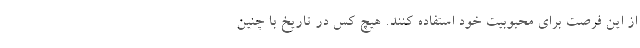
از این فرصت برای محبوبیت خود استفاده کنند. هیچ کس در تاریخ با چنین